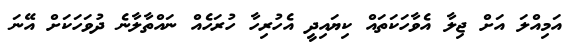
އަމިއްލަ އަށް ޖިލާ އެވާހަކަތައް ކިޔައިދީ އެހުރިހާ ހުރަހެއް ނައްތާލާނެ ދުވަހަކަށް އޭނަ